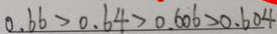
0 . 6 6 > 0 . 6 4 > 0 . 6 0 6 > 0 . 6 0 4